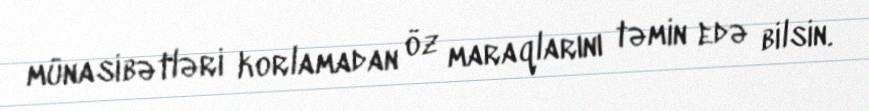
münasibətləri korlamadan öz maraqlarını təmin edə bilsin.